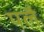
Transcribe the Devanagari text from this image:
पलै